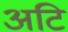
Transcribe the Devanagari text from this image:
अटि